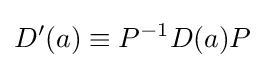
D'(a)\equiv P^{-1}D(a)P